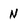
Character: N